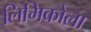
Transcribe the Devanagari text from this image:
लिमिकोला